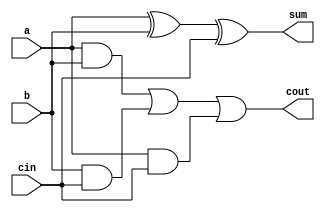
`timescale 1ns/1ps
module FA_Behavioral(a,b,cin,sum,cout);
    input a,b,cin;
    output reg sum,cout;
    always @ (*) 
    begin
        sum=a^b^cin;
        cout=(a&b)|(b&cin)|(a&cin);
    end

endmodule

module FPA_tb;
    reg a,b;
    reg cin;
    wire sum;
    wire cout;
    
    FA_Behavioral Beh(a,b,cin,sum,cout);
    
    initial begin
    
        #0   a=0;b=0;cin=0;
        #10  a=0;b=0;cin=1;
        #10  a=0;b=1;cin=0;
        #10  a=0;b=1;cin=1;
        #10  a=1;b=0;cin=0;
        #10  a=1;b=0;cin=1;
        #10  a=1;b=1;cin=0;
        #10  a=1;b=1;cin=1;

    end
    
    initial begin
        $monitor("%d: a=%b b=%b cin=%b sum=%b cout=%b",$time,a,b,cin,sum,cout);
        $dumpfile("FA_Behavioral.vcd");
        $dumpvars(0,FPA_tb);
    end
endmodule